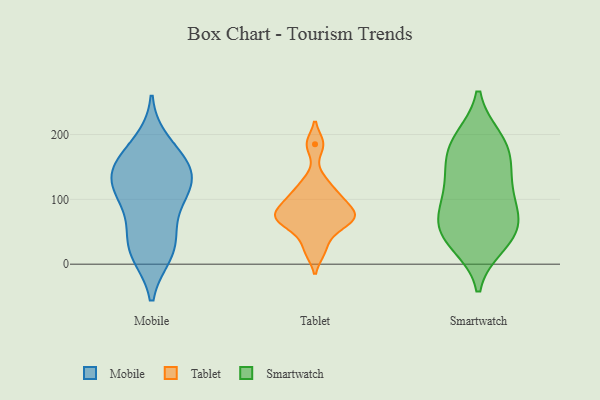
{"axis": {"x": "Inventory Turnover", "y": "Value"}, "legend": ["Mobile", "Smartwatch", "Tablet"], "data": [{"x": "", "y": 157, "type": "Mobile"}, {"x": "", "y": 154, "type": "Mobile"}, {"x": "", "y": 26, "type": "Mobile"}, {"x": "", "y": 120, "type": "Mobile"}, {"x": "", "y": 127, "type": "Mobile"}, {"x": "", "y": 155, "type": "Mobile"}, {"x": "", "y": 21, "type": "Mobile"}, {"x": "", "y": 187, "type": "Mobile"}, {"x": "", "y": 52, "type": "Mobile"}, {"x": "", "y": 106, "type": "Mobile"}, {"x": "", "y": 92, "type": "Mobile"}, {"x": "", "y": 130, "type": "Mobile"}, {"x": "", "y": 17, "type": "Mobile"}, {"x": "", "y": 79, "type": "Tablet"}, {"x": "", "y": 185, "type": "Tablet"}, {"x": "", "y": 20, "type": "Tablet"}, {"x": "", "y": 101, "type": "Tablet"}, {"x": "", "y": 49, "type": "Tablet"}, {"x": "", "y": 73, "type": "Tablet"}, {"x": "", "y": 127, "type": "Tablet"}, {"x": "", "y": 74, "type": "Tablet"}, {"x": "", "y": 102, "type": "Tablet"}, {"x": "", "y": 67, "type": "Tablet"}, {"x": "", "y": 183, "type": "Smartwatch"}, {"x": "", "y": 152, "type": "Smartwatch"}, {"x": "", "y": 126, "type": "Smartwatch"}, {"x": "", "y": 191, "type": "Smartwatch"}, {"x": "", "y": 91, "type": "Smartwatch"}, {"x": "", "y": 193, "type": "Smartwatch"}, {"x": "", "y": 36, "type": "Smartwatch"}, {"x": "", "y": 56, "type": "Smartwatch"}, {"x": "", "y": 109, "type": "Smartwatch"}, {"x": "", "y": 154, "type": "Smartwatch"}, {"x": "", "y": 81, "type": "Smartwatch"}, {"x": "", "y": 51, "type": "Smartwatch"}, {"x": "", "y": 58, "type": "Smartwatch"}, {"x": "", "y": 31, "type": "Smartwatch"}]}